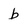
Character: b